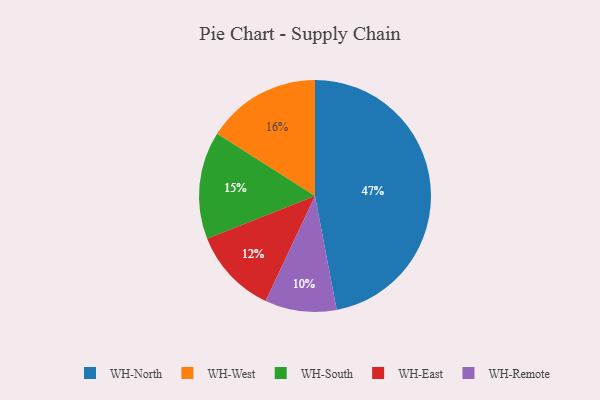
{"axis": {"x": "Category", "y": "Percentage"}, "legend": ["WH-East", "WH-North", "WH-Remote", "WH-South", "WH-West"], "data": [{"x": "WH-East", "y": 12, "type": "WH-East"}, {"x": "WH-West", "y": 16, "type": "WH-West"}, {"x": "WH-Remote", "y": 10, "type": "WH-Remote"}, {"x": "WH-North", "y": 47, "type": "WH-North"}, {"x": "WH-South", "y": 15, "type": "WH-South"}]}